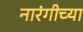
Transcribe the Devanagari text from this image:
नारंगीच्या